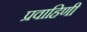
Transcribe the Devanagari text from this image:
प्रवाहिणी